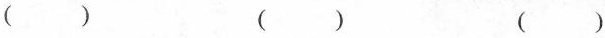
() () ()